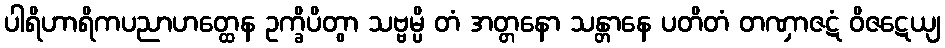
ပါရိဟာရိကပညာဟတ္ထေန ဥက္ခိပိတွာ သဗ္ဗမ္ပိ တံ အတ္တနော သန္တာနေ ပတိတံ တဏှာဇဋံ ဝိဇဋေယျ